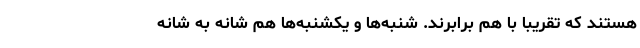
هستند که تقریبا با هم برابرند. شنبه‌ها و یکشنبه‌ها هم شانه به شانه